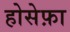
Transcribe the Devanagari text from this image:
होसेफ़ा